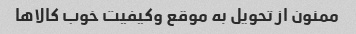
ممنون از تحویل به موقع وکیفیت خوب کالاها